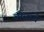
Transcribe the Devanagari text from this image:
चोळाचे